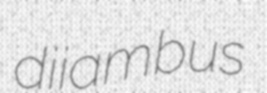
diiambus